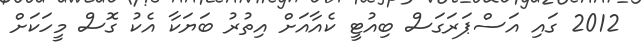
2012 ގައި އަސްޕަރަގަސް ބިއުޓީ ކެއާއަށް އިތުރު ބަޔަކާ އެކު ގޮސް މީހަކަށް